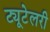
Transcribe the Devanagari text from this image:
ट्यूटेलरी